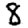
Digit: 8